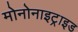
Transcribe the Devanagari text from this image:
मोनोनाइट्राइड